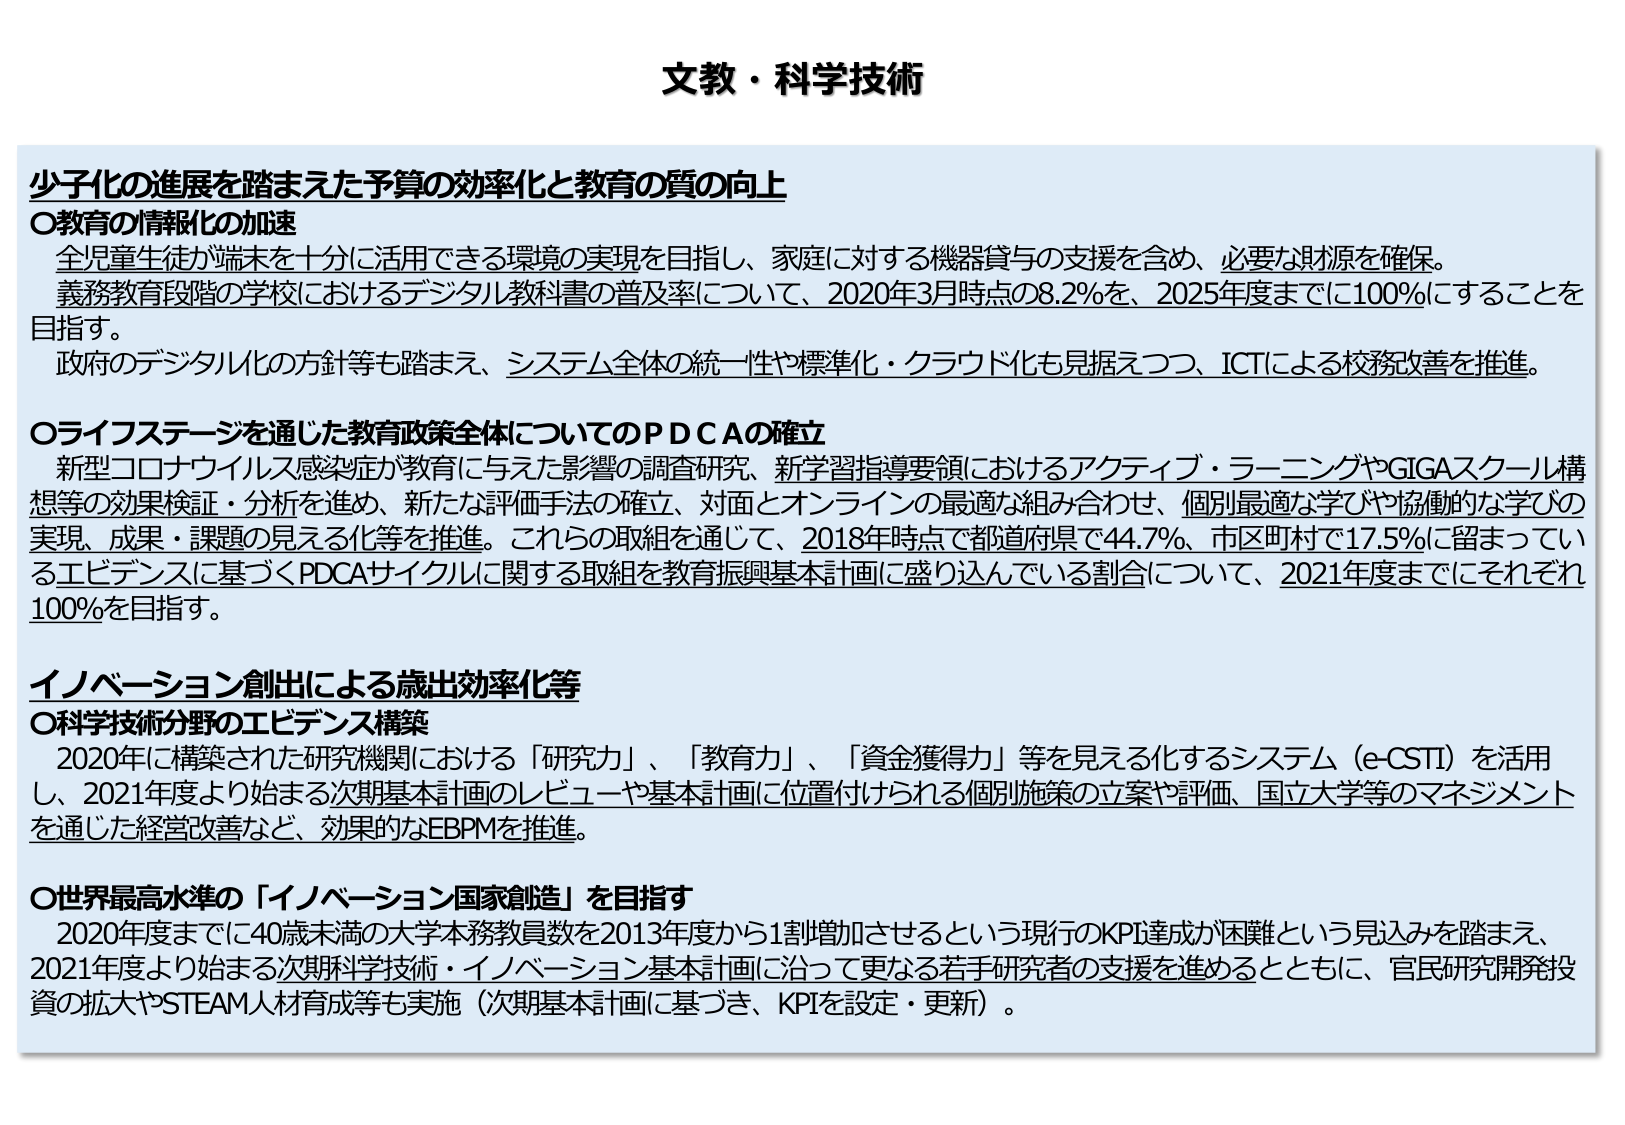
文教・科学技術

少子化の進展を踏まえた予算の効率化と教育の質の向上

○教育の情報化の加速
全児童生徒が端末を十分に活用できる環境の実現を目指し、家庭に対する機器貸与の支援を含め、必要な財源を確保。
義務教育段階の学校におけるデジタル教科書の普及率について、2020年3月時点の8.2％を、2025年度までに100％にすることを目指す。
政府のデジタル化の方針等も踏まえ、システム全体の統一性や標準化・クラウド化も見据えつつ、ICTによる校務改善を推進。

○ライフステージを通じた教育政策全体についてのPDCAの確立
新型コロナウイルス感染症が教育に与えた影響の調査研究、新学習指導要領におけるアクティブ・ラーニングやGIGAスクール構想等の効果検証・分析を進め、新たな評価手法の確立、対面とオンラインの最適な組み合わせ、個別最適な学びや協働的な学びの実現、成果・課題の見える化等を推進。これらの取組を通じて、2018年時点で都道府県で44.7％、市区町村で17.5％に留まっているエビデンスに基づくPDCAサイクルに関する取組を教育振興基本計画に盛り込んでいる割合について、2021年度までにそれぞれ100％を目指す。

イノベーション創出による歳出効率化等

○科学技術分野のエビデンス構築
2020年に構築された研究機関における「研究力」、「教育力」、「資金獲得力」等を見える化するシステム（e-CSTI）を活用し、2021年度より始まる次期基本計画のレビュー や基本計画に位置付けられる個別施策の立案や評価、国立大学等のマネジメントを通じた経営改善など、効果的なEBPMを推進。

○世界最高水準の「イノベーション国家創造」を目指す
2020年度までに40歳未満の大学本務教員数を2013年度から1割増加させるという現行のKPI達成が困難という見込みを踏まえ、2021年度より始まる次期科学技術・イノベーション基本計画に沿って更なる若手研究者の支援を進めるとともに、官民研究開発投資の拡大やSTEAM人材育成等も実施（次期基本計画に基づき、KPIを設定・更新）。